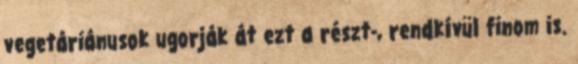
vegetáriánusok ugorják át ezt a részt-, rendkívül finom is.